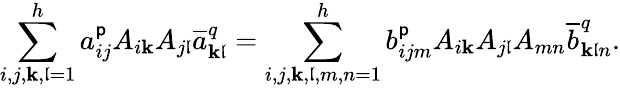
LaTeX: \sum_{i,j,\mathbf{k},\mathfrak{l}=1}^{h}a_{ij}^{\mathsf{p}}A_{i\mathbf{k}}A_{j\mathfrak{l}}\overline{{{a}}}_{\mathbf{k}\mathfrak{l}}^{q}=\sum_{i,j,\mathbf{k},\mathfrak{l},m,n=1}^{h}b_{ijm}^{\mathsf{p}}A_{i\mathbf{k}}A_{j\mathfrak{l}}A_{mn}\overline{{{b}}}_{\mathbf{k}\mathfrak{l}n}^{q}.